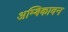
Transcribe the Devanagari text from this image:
अम्बिकावन